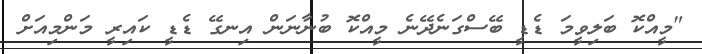
"މީއްކޮ ބަލިވީމަ ޑެޑީ ބޭސްގަނެދޭނެ މީއްކޮ ބުނާނަން އިނގޭ ޑެޑީ ކައިރީ މަންމިއަށް